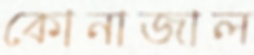
কোনাজাল